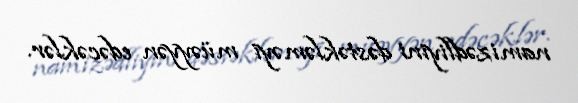
namizədliyini dəstəkləməyi müəyyən edəcəklər.